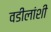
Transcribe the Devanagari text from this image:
वडीलांशी